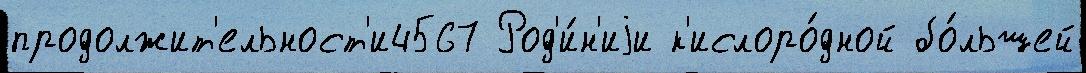
продолжит'ельност'и4567 Род'и́н'иjи к'ислоро́дной бо́льшей